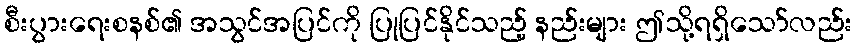
စီးပွားရေးစနစ်၏ အသွင်အပြင်ကို ပြုပြင်နိုင်သည့် နည်းများ ဤသို့ရရှိသော်လည်း